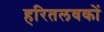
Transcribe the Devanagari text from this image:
हरितलवकों